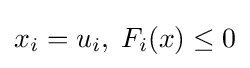
x_{i}=u_{i},\;F_{i}(x)\leq 0